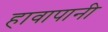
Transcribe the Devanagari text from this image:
हावापानी